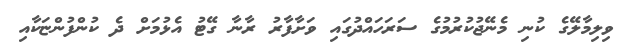
ވިލިމާލޭގެ ކުނި މެނޭޖުކުރުމުގެ ސަރަހައްދުގައި ވަށާފާރު ރާނާ ގޭޓު އެޅުމަށް ދެ ކުންފުންޏަކާއި